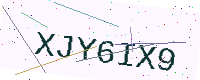
Text: XJY6IX9